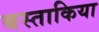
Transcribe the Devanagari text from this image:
बस्ताकिया